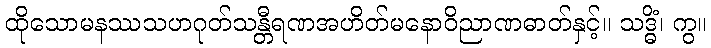
ထိုသောမနဿသဟဂုတ်သန္တီရဏအဟိတ်မနောဝိညာဏဓာတ်နှင့်။ သဒ္ဓိံ၊ ကွ။